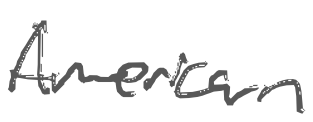
Text: American
Cross-out: clean
Writing tool: digital_gray